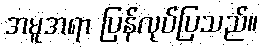
အမူအရာ ပြန်လုပ်ပြသည်။